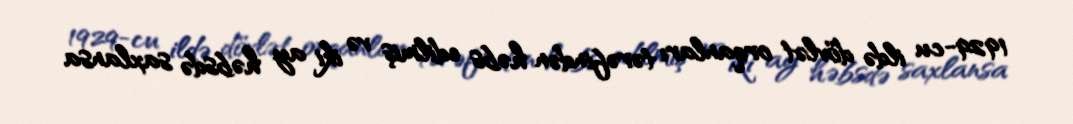
1929-cu ildə dövlət orqanları tərəfindən həbs edilmiş və iki ay həbsdə saxlansa